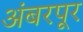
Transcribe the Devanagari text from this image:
अंबरपूर